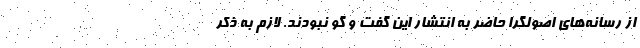
از رسانه‌های اصولگرا حاضر به انتشار این گفت و گو نبودند. لازم به ذکر